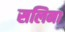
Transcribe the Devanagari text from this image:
सलिना